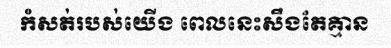
កំសត់របស់យើង ពេលនេះសឹងតែគ្មាន